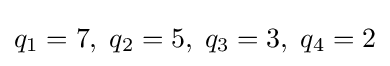
q_{1}=7,\;q_{2}=5,\;q_{3}=3,\;q_{4}=2